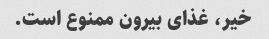
خیر، غذای بیرون ممنوع است.